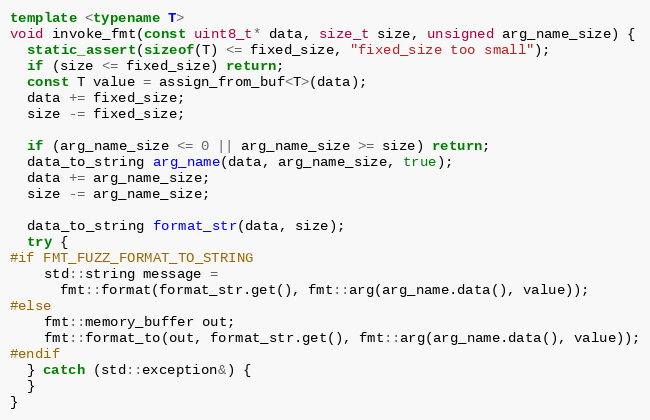
Language: C++
template <typename T>
void invoke_fmt(const uint8_t* data, size_t size, unsigned arg_name_size) {
  static_assert(sizeof(T) <= fixed_size, "fixed_size too small");
  if (size <= fixed_size) return;
  const T value = assign_from_buf<T>(data);
  data += fixed_size;
  size -= fixed_size;

  if (arg_name_size <= 0 || arg_name_size >= size) return;
  data_to_string arg_name(data, arg_name_size, true);
  data += arg_name_size;
  size -= arg_name_size;

  data_to_string format_str(data, size);
  try {
#if FMT_FUZZ_FORMAT_TO_STRING
    std::string message =
      fmt::format(format_str.get(), fmt::arg(arg_name.data(), value));
#else
    fmt::memory_buffer out;
    fmt::format_to(out, format_str.get(), fmt::arg(arg_name.data(), value));
#endif
  } catch (std::exception&) {
  }
}